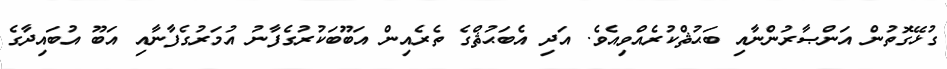
ގުޅޭގޮތުން އަންޞާރުންނާއި ބަޙުޘްކުރެއްވިއެވެ. އަދި އެބަޙުޘްގެ ތެރެއިން އަބޫބަކުރުގެފާނު އުމަރުގެފާނާއި އަބޫ އުބައިދާގެ